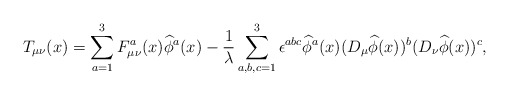
\begin{align*}T_{\mu\nu}(x)=\sum_{a=1}^3F_{\mu\nu}^a(x)\widehat{\phi}^a(x)-\frac{1}{\lambda}\sum_{a,b,c=1}^3\epsilon^{abc}\widehat{\phi}^a(x)(D_\mu\widehat{\phi}(x))^b(D_\nu\widehat{\phi}(x))^c,\end{align*}